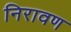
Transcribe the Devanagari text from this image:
निरावण